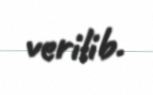
verilib.